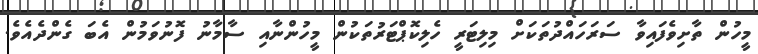
މީހުން ތާށިވެފައިވާ ސަރަހައްދުތަކަށް މިލިޓަރީ ހެލިކޮޕްޓަރުތަކުން މީހުންނާއި ސާމާނު ފޮނުވަމުން އެބަ ގެންދެއެވެ.